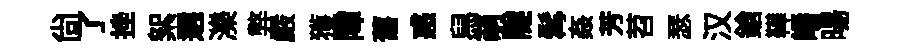
尚了挫絮選濼弊嚴獲障𦾔惑舄萌隧髯姦芳苕瑟汉鎗鞾皤暘